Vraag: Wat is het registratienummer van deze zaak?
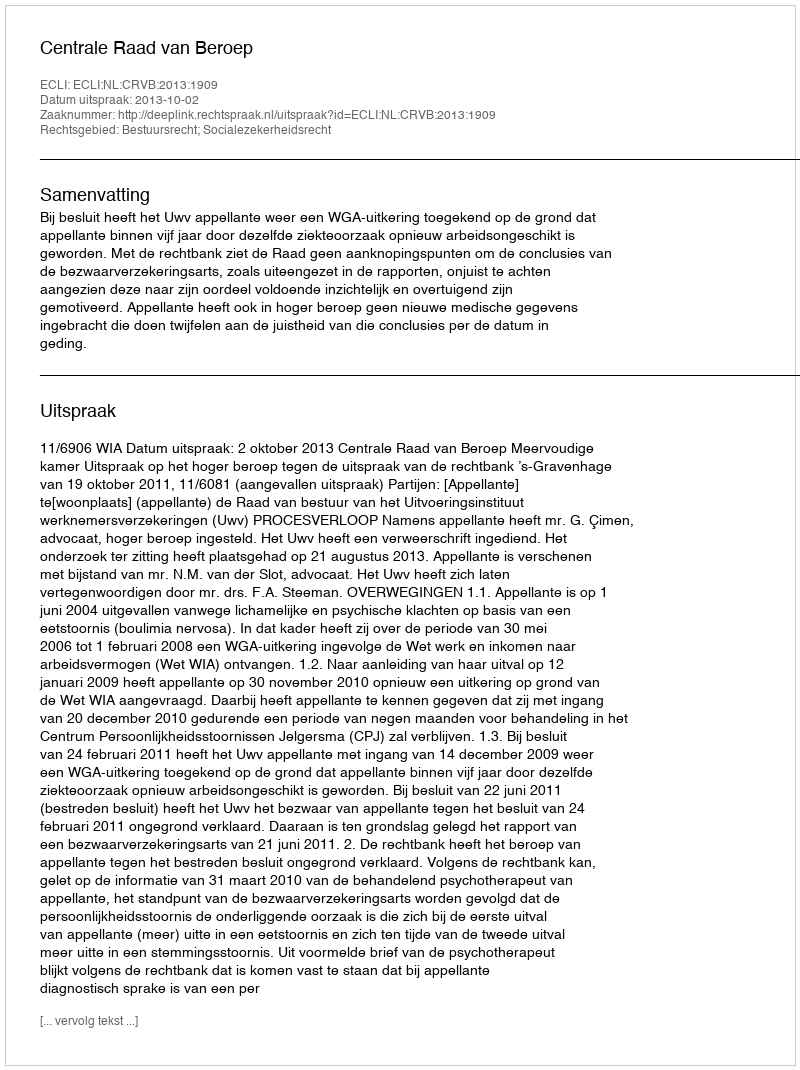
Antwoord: http://deeplink.rechtspraak.nl/uitspraak?id=ECLI:NL:CRVB:2013:1909